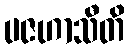
ပဇဟာသီတိ